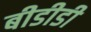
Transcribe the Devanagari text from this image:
बीडीडी